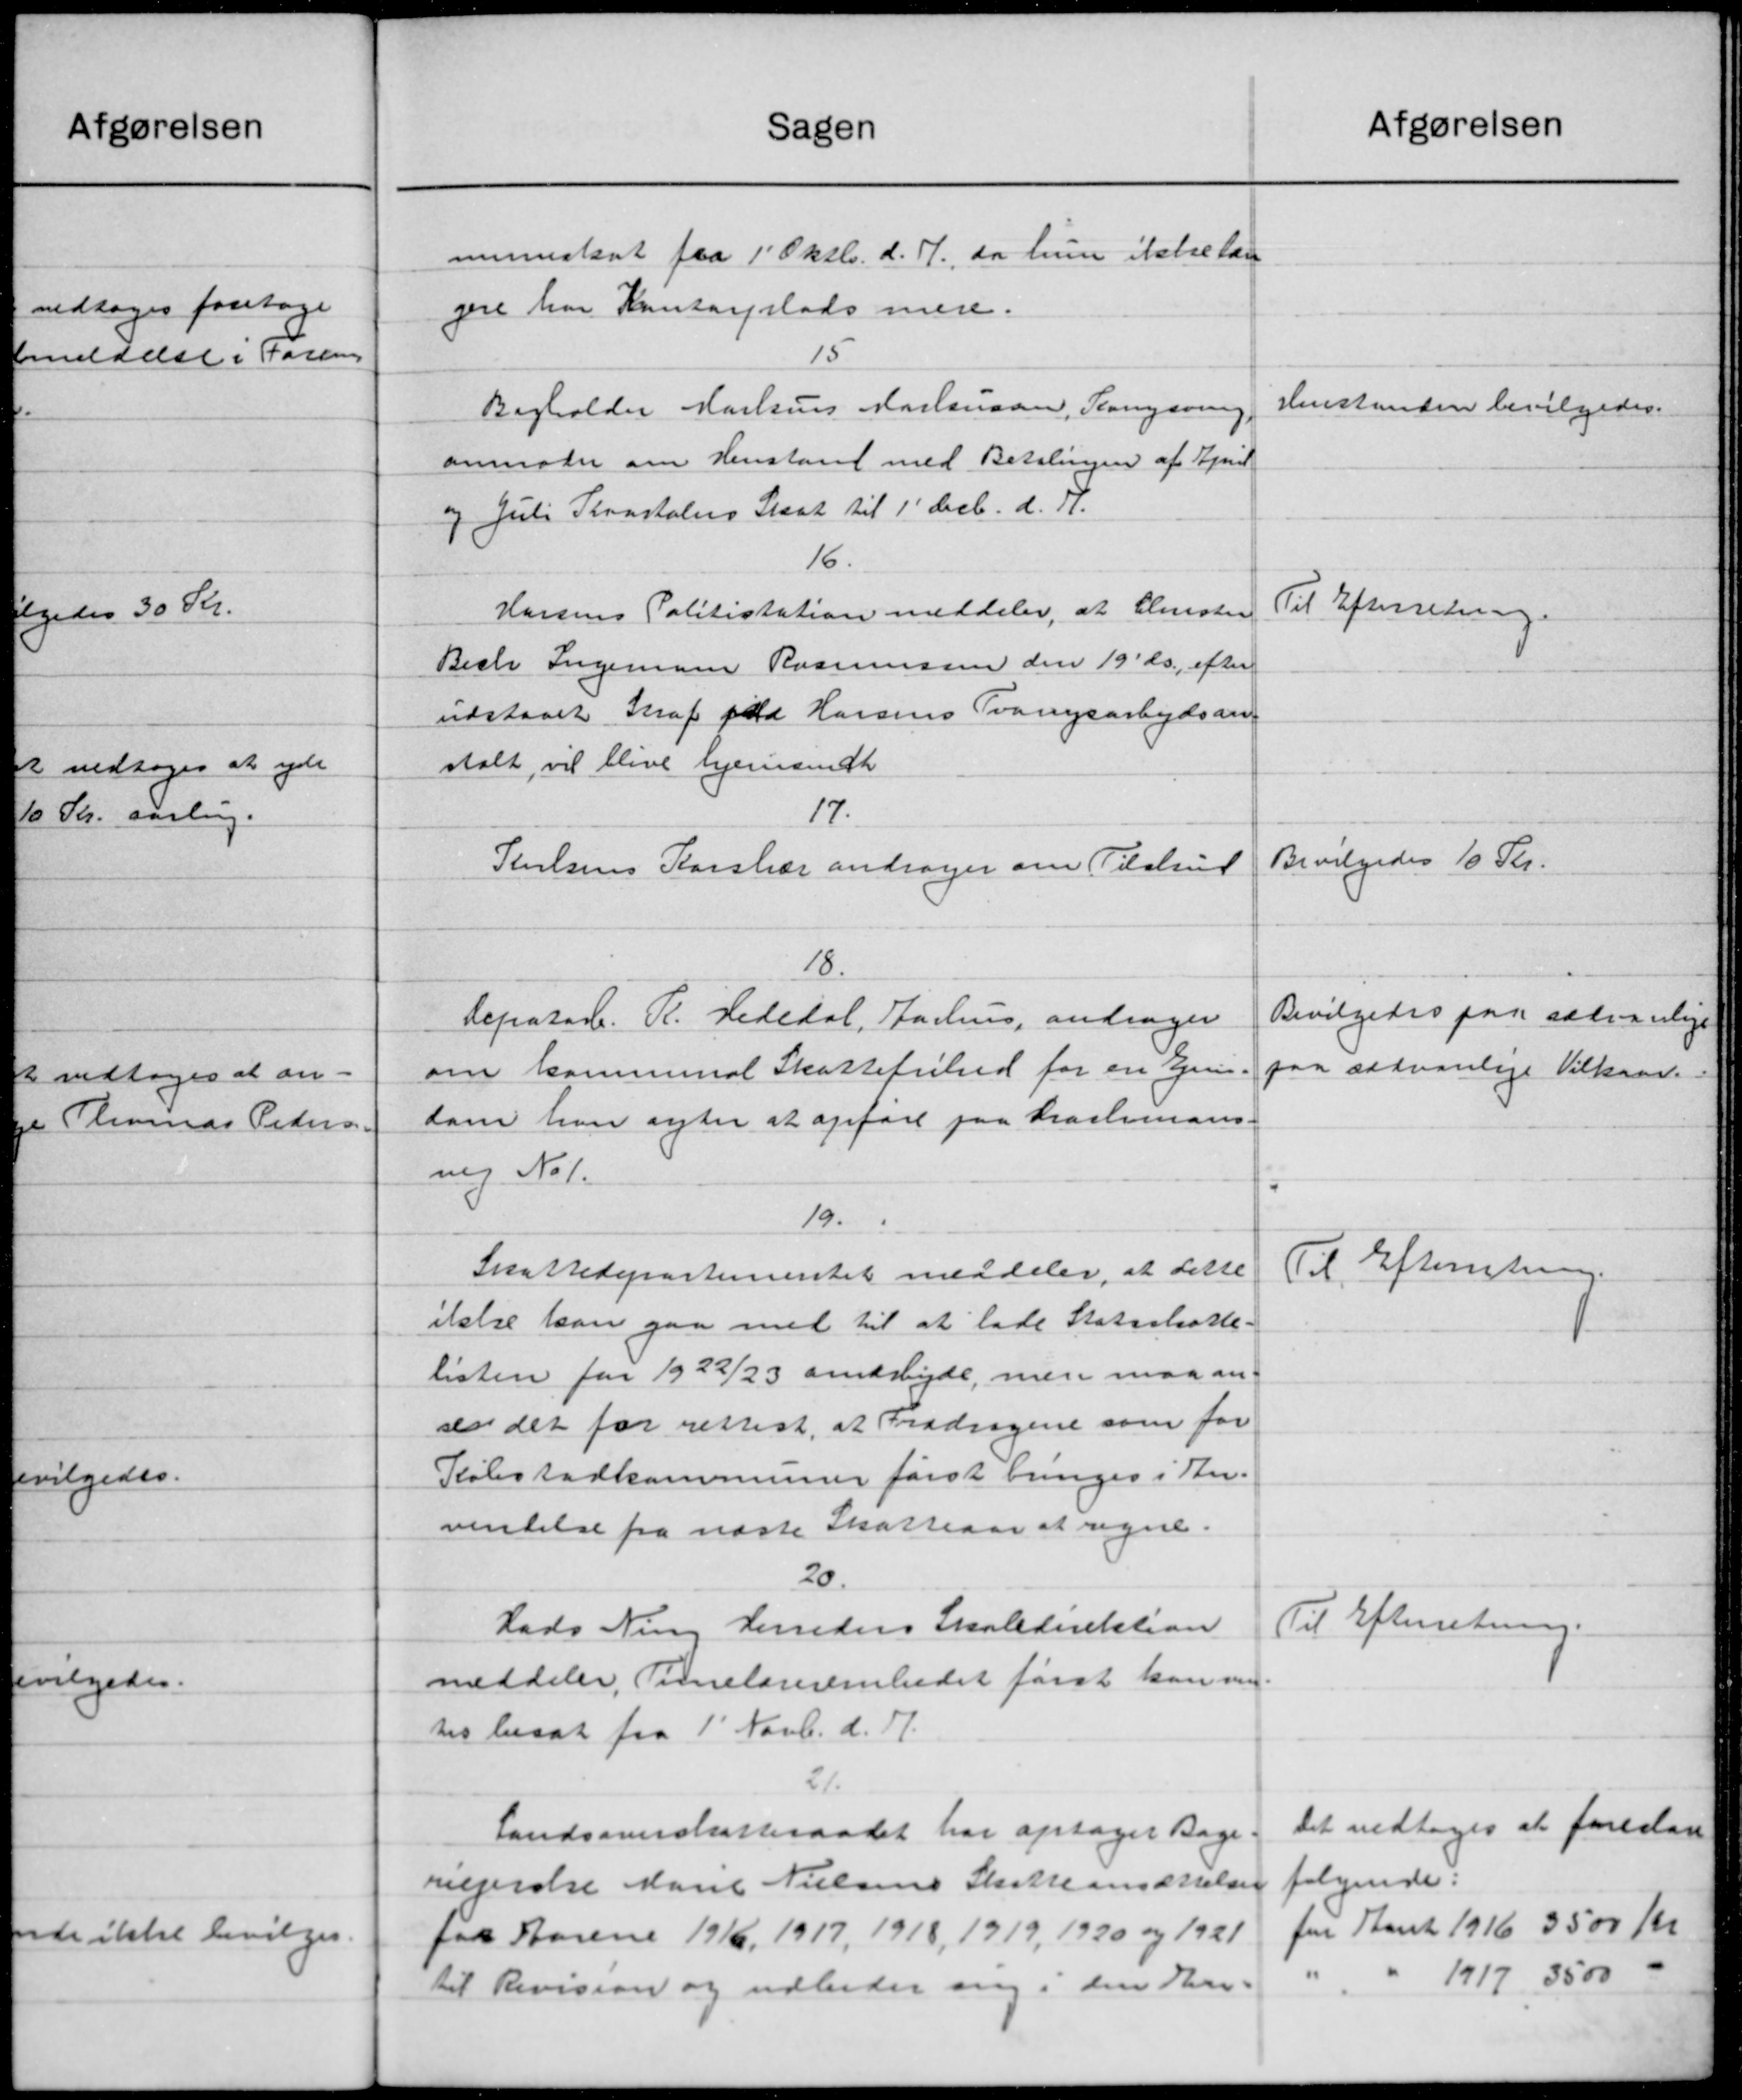
Transskription:
Sagen
muneskat fra 1' Oktb. d. M., da hun ikke lan
gere har Kontorplads mere.
15
Bagholder Markens Markusen, Kongering
anmoder om Henstand med Betalingen af April
og Juli Kvartalers Skat til 1' Decb. d. A.
16.
Harsens Politistation meddeler, at Clevisten
Beste Ingeman Rasmussen den 19' ds. efter
udstaaet Straf fald Horsens Tvangsarbejdsan-
stalt, vil blive hjemsendt
17.
Nielsens Korshær andrager om Tilskud
18.
Repatarb. Pl. Hededal, Aarhus, andrager
om kommunal Skattefrihed for en Grun-
som han agter at opføre paa Haslemand.
nig No 1.
19.
Skattedepartementet meddeler, at dette
ikke kan gaa med til at lade Statsskatte-
listen for 1922/23 amarbejde, men maa an-
ser det for rettest, at Fradragene som for
Købstadkommuner først bringes i An-
vindelse fra næste Skatteaar at regne.
20.
Hads Ning Herreders Skoledirektion
meddeler, Timelærerembedet først kan me
tis besat fra 1' Novb. d. A.
21.
Landsoverskatteraadet har optager Bage
reprotre Marie Nielsens Skatteansættelser
paa Aarene 1916, 1917, 1918, 1919, 1920 og 1921
til Revision og udbeder ang i den En-